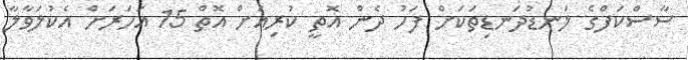
ސާސްކަފްގެ ލަނޑުދަނޑިތަކަށް ފަހު ދެން އޮތީ ކުރިއަށް އޮތް 15 އަހަރަށް އެކުލަވާލާ